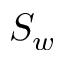
S _ { w }